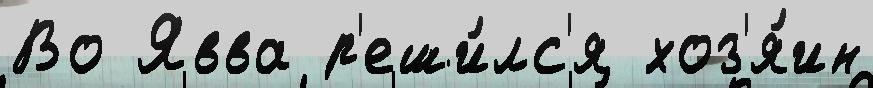
Во Явва р'еши́лс'я хоз'я́ин